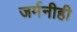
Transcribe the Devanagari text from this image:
जर्मनीही